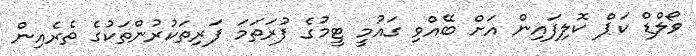
ވޯލްޑް ކަޕް ކޮލިފައިން އަށް ބޭއްވި ގައުމީ ޓީމުގެ ފުރަތަމަ ފަރިތަކުރުންތަކުގެ ތެރެއިން